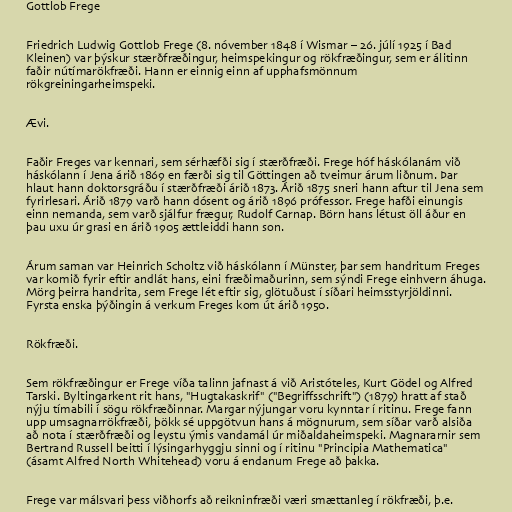
Gottlob Frege

Friedrich Ludwig Gottlob Frege (8. nóvember 1848 í Wismar – 26. júlí 1925 í Bad
Kleinen) var þýskur stærðfræðingur, heimspekingur og rökfræðingur, sem er álitinn
faðir nútímarökfræði. Hann er einnig einn af upphafsmönnum
rökgreiningarheimspeki.

Ævi.

Faðir Freges var kennari, sem sérhæfði sig í stærðfræði. Frege hóf háskólanám við
háskólann í Jena árið 1869 en færði sig til Göttingen að tveimur árum liðnum. Þar
hlaut hann doktorsgráðu í stærðfræði árið 1873. Árið 1875 sneri hann aftur til Jena sem
fyrirlesari. Árið 1879 varð hann dósent og árið 1896 prófessor. Frege hafði einungis
einn nemanda, sem varð sjálfur frægur, Rudolf Carnap. Börn hans létust öll áður en
þau uxu úr grasi en árið 1905 ættleiddi hann son.

Árum saman var Heinrich Scholtz við háskólann í Münster, þar sem handritum Freges
var komið fyrir eftir andlát hans, eini fræðimaðurinn, sem sýndi Frege einhvern áhuga.
Mörg þeirra handrita, sem Frege lét eftir sig, glötuðust í síðari heimsstyrjöldinni.
Fyrsta enska þýðingin á verkum Freges kom út árið 1950.

Rökfræði.

Sem rökfræðingur er Frege víða talinn jafnast á við Aristóteles, Kurt Gödel og Alfred
Tarski. Byltingarkent rit hans, "Hugtakaskrif" ("Begriffsschrift") (1879) hratt af stað
nýju tímabili í sögu rökfræðinnar. Margar nýjungar voru kynntar í ritinu. Frege fann
upp umsagnarrökfræði, þökk sé uppgötvun hans á mögnurum, sem síðar varð alsiða
að nota í stærðfræði og leystu ýmis vandamál úr miðaldaheimspeki. Magnararnir sem
Bertrand Russell beitti í lýsingarhyggju sinni og í ritinu "Principia Mathematica"
(ásamt Alfred North Whitehead) voru á endanum Frege að þakka.

Frege var málsvari þess viðhorfs að reikninfræði væri smættanleg í rökfræði, þ.e.